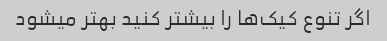
اگر تنوع کیک‌ها را بیشتر کنید بهتر میشود